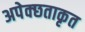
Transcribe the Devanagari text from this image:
अपेक्छताकृत